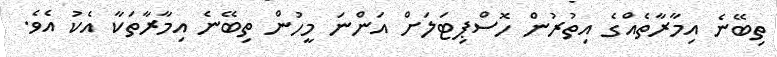
ތިބޭނެ އިމާރާތެއްގެ އިތުރުން ހޮސްޕިޓަލަށް އަންނަ މީހުން ތިބޭނެ އިމާރާތަކާ އެކު އެވެ.